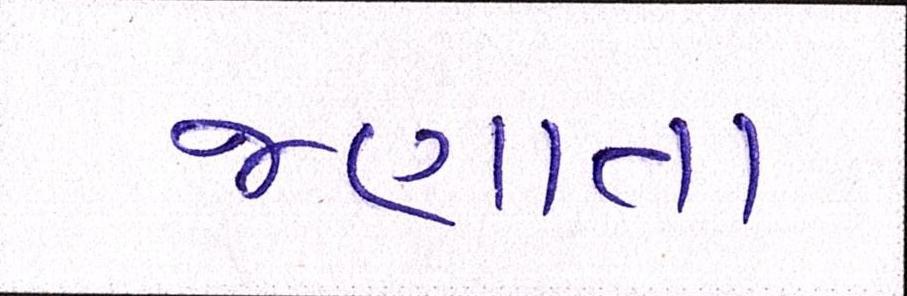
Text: જણાતા